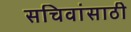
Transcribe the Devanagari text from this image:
सचिवांसाठी